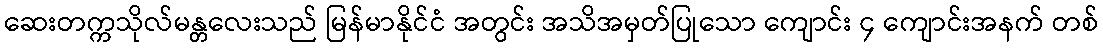
ဆေးတက္ကသိုလ်မန္တလေးသည် မြန်မာနိုင်ငံ အတွင်း အသိအမှတ်ပြုသော ကျောင်း ၄ ကျောင်းအနက် တစ်